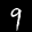
Label: 9